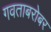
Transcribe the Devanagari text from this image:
गवताबरोबर